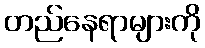
တည်နေရာများကို